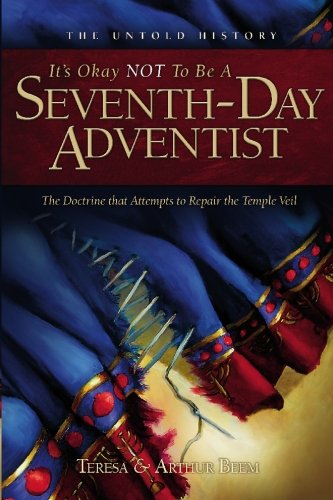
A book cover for It's Ok Not to be a Seventh-Day Adventist; Teresa Beem; Christian Books & Bibles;